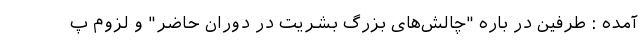
آمده : طرفین در باره "چالش‌های بزرگ بشریت در دوران حاضر" و لزوم پ